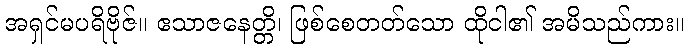
အရှင်မပရိဗိုဇ်။ ဧသာဇနေတ္တိ၊ ဖြစ်စေတတ်သော ထိုငါ၏ အမိသည်ကား။